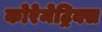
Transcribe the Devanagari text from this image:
कोरेमेट्रिक्स